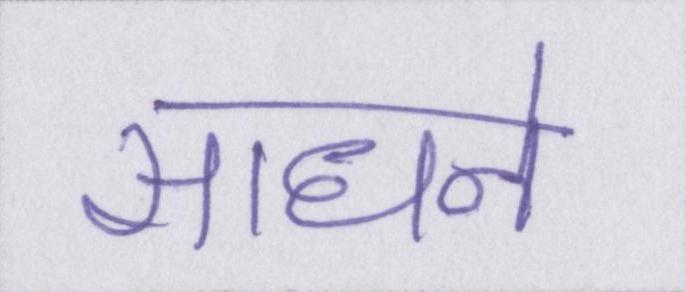
साधने